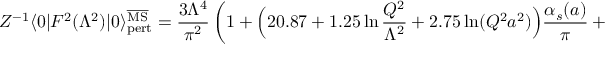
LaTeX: Z ^ { - 1 } \langle 0 | F ^ { 2 } ( \Lambda ^ { 2 } ) | 0 \rangle _ { \mathrm { p e r t } } ^ { \overline { { \mathrm { M S } } } } = { \frac { 3 \Lambda ^ { 4 } } { \pi ^ { 2 } } } \left( 1 + \Big ( 2 0 . 8 7 + 1 . 2 5 \ln { \frac { Q ^ { 2 } } { \Lambda ^ { 2 } } } + 2 . 7 5 \ln ( Q ^ { 2 } a ^ { 2 } ) \Big ) { \frac { \alpha _ { s } ( a ) } { \pi } } + . . . \right)